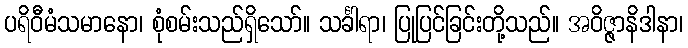
ပရိဝီမံသမာနော၊ စုံစမ်းသည်ရှိသော်။ သင်္ခါရာ၊ ပြုပြင်ခြင်းတို့သည်။ အဝိဇ္ဇာနိဒါနာ၊